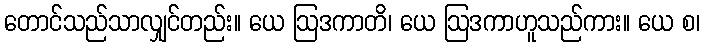
တောင်သည်သာလျှင်တည်း။ ယေ ဩဒကာတိ၊ ယေ ဩဒကာဟူသည်ကား။ ယေ စ၊